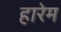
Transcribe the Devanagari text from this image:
हारेम